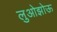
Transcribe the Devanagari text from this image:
लुओझोऊ